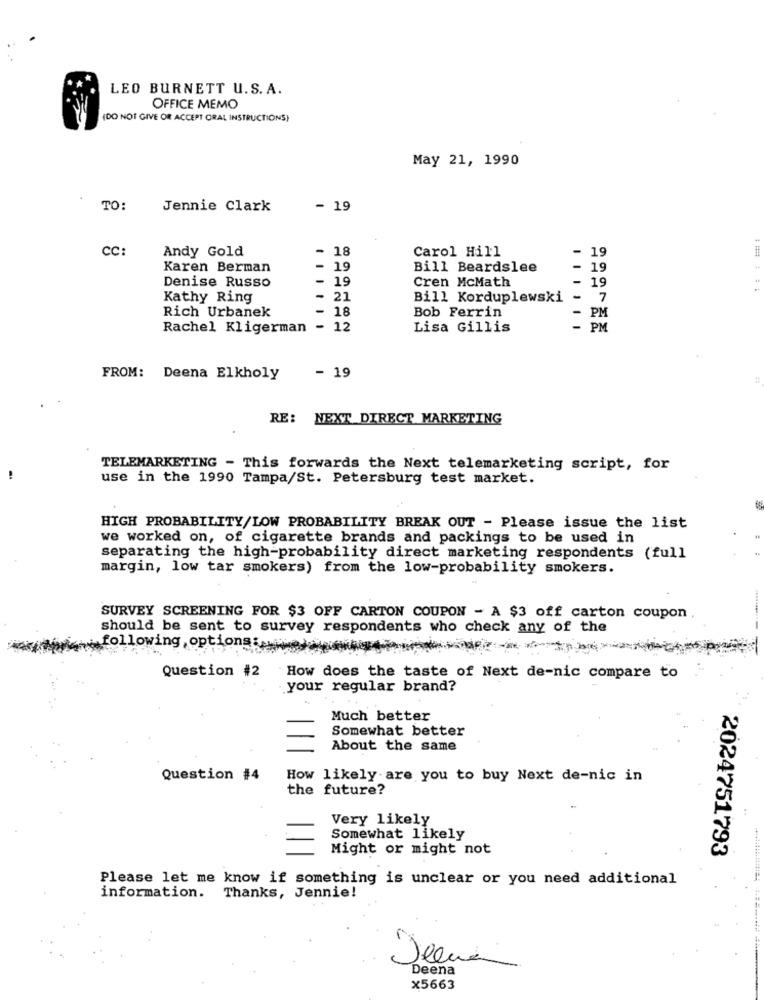
LEO BURNETT U.S.A.
OFFICE MEMO
(DO NOT GIVE OR ACCEPT ORAL INSTRUCTIONS}
May 21, 1990
TO:
Jennie Clark
- 19
CC:
Andy Gold
- 18
Carol Hill
19
Karen Berman
19
Bill Beardslee
- 19
Denise Russo
19
Cren McMath
- 19
Kathy Ring
- 21
Bill Korduplewski
. 7
- 18
Bob Ferrin
- PM
Rich Urbanek
Rachel Kligerman - 12
Lisa Gillis
- PM
- 19
FROM: Deena Elkholy
RE: NEXT_DIRECT MARKETING
TELEMARKETING - This forwards the Next telemarketing script, for
use in the 1990 Tampa/St. Petersburg test market.
HIGH PROBABILITY/LOW PROBABILITY BREAK OUT - Please issue the list
we worked on, of cigarette brands and packings to be used in
separating the high-probability direct marketing respondents (full
margin, low tar smokers) from the low-probability smokers.
SURVEY SCREENING FOR $3 OFF CARTON COUPON - A $3 off carton coupon
should be sent to survey respondents who check any of the
following options:www .wpa
Question #2
How does the taste of Next de-nic compare to
your regular brand?
Much better
Somewhat better
About the same
Question #4
How likely are you to buy Next de-nic in
the future?
Very likely
Somewhat likely
Might or might not
2024751793
Please let me know if something is unclear or you need additional
information. Thanks, Jennie!
Deena
x5663